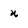
Character: u